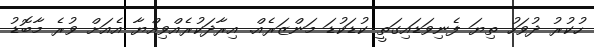
ހުކުރު ދުވަހު ތިޔަ ފެނިވަޑައިގަތީ ކުޑަކުޑަ މަންޒަރެއް. އިރާދަކުރެއްވިއްޔާ އެއަށް ވުރެ މާބޮޑު